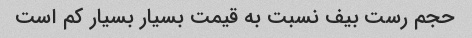
حجم رست بیف نسبت به قیمت بسیار بسیار کم است